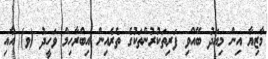
މާޒިޔާ އިން މިއަދު ބޭއްވި ފަރިތަކުރުންތަކުގެ ތެރެއިން އިބްރާހިމް ވަހީދު (ވ) އާއި